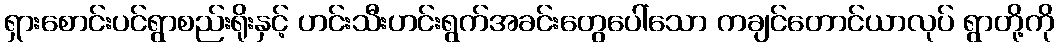
ရှားစောင်းပင်ရွာစည်းရိုးနှင့် ဟင်းသီးဟင်းရွက်အခင်းတွေပေါ်သော ကချင်တောင်ယာလုပ် ရွာတို့ကို